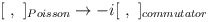
\begin{align*}[\ ,\ ]_{Poisson} \to -i[\ ,\ ]_{commutator}\end{align*}